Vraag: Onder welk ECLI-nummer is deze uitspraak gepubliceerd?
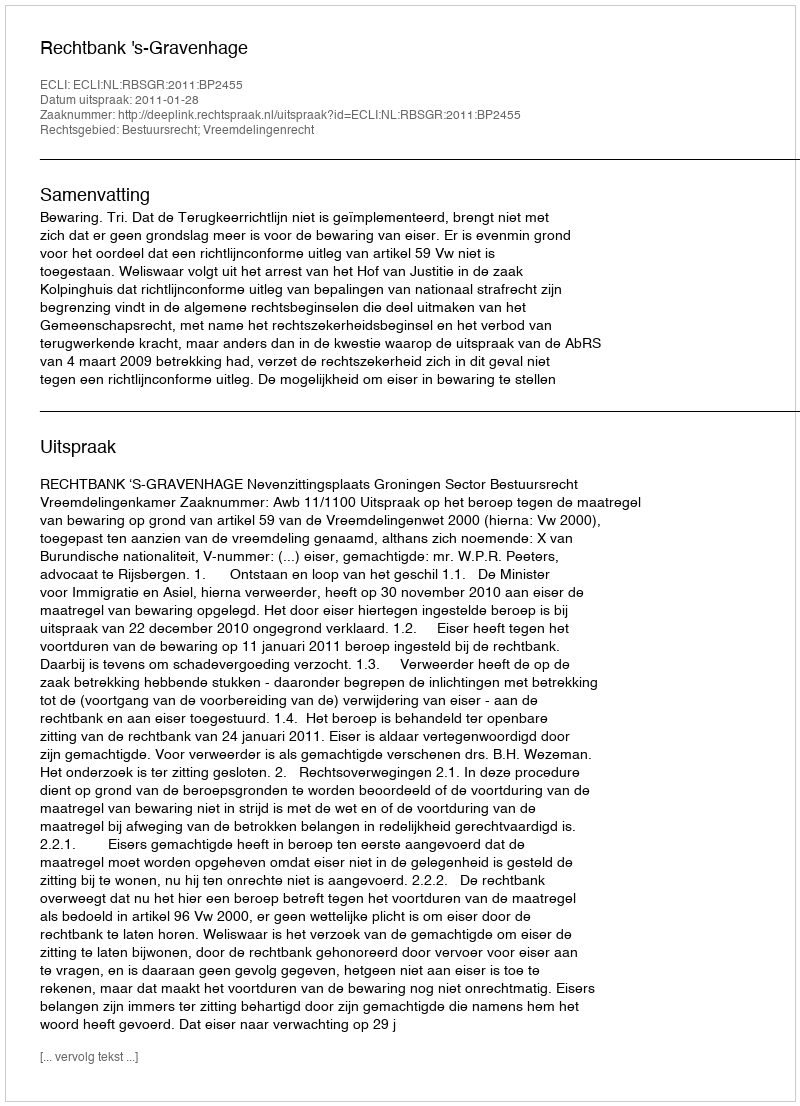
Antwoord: ECLI:NL:RBSGR:2011:BP2455